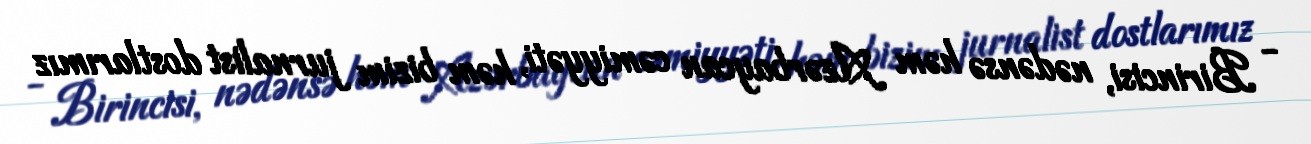
- Birincisi, nədənsə həm Azərbaycan cəmiyyəti, həm bizim jurnalist dostlarımız